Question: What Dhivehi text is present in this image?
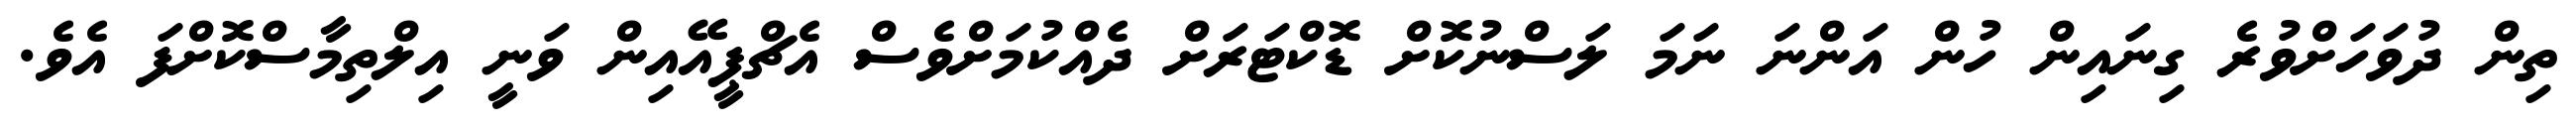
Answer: ތިން ދުވަހަށްވުރެ ގިނައިން ހުން އަންނަ ނަމަ ލަސްނުކޮށް ޑޮކްޓަރަށް ދެއްކުމަށްވެސް އެޗްޕީއޭއިން ވަނީ އިލްތިމާސްކޮށްފަ އެވެ.